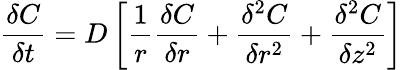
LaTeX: \frac{\delta C}{\delta t}=D\left[\frac{1}{r}\frac{\delta C}{\delta r}+\frac{\delta^{2}C}{\delta r^{2}}+\frac{\delta^{2}C}{\delta z^{2}}\right]